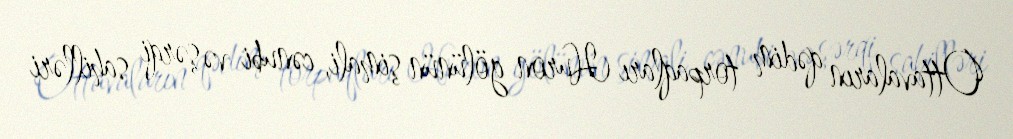
Ottavaların qədim torpaqları Huron gölünün şimali, cənubi və şərqi sahilləri